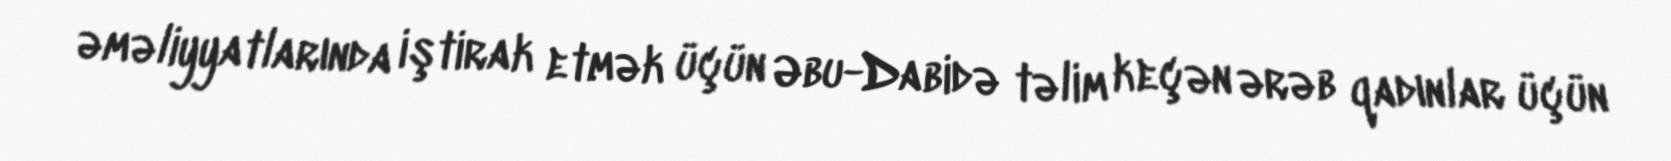
əməliyyatlarında iştirak etmək üçün Əbu-Dabidə təlim keçən ərəb qadınlar üçün